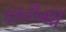
છારીથી